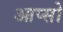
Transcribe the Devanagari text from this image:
आप्सो